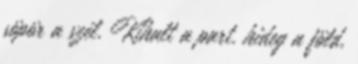
söpör a szél. Kihalt a part, hideg a föld,